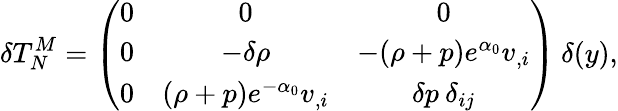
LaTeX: \delta T_{N}^{M}=\left(\begin{array}{ccc}{{0}}&{{0}}&{{0}}\\ {{0}}&{{-\delta\rho}}&{{-(\rho+p)e^{\alpha_{0}}v_{,i}}}\\ {{0}}&{{(\rho+p)e^{-\alpha_{0}}v_{,i}}}&{{\delta p\: \delta_{ij}}}\end{array}\right)\: \delta(y),